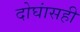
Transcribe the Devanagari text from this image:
दोघांसही